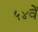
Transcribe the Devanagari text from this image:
५४वें